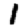
Digit: 1